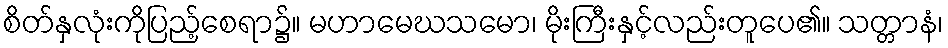
စိတ်နှလုံးကိုပြည့်စေရာ၌။ မဟာမေဃသမော၊ မိုးကြီးနှင့်လည်းတူပေ၏။ သတ္တာနံ၊